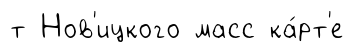
т Нов'ицкого масс ка́рт'е